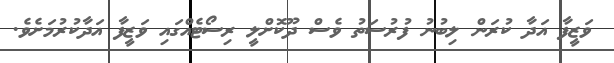
ވަޒީފާ އަދާ ކުރަން ލިބުނު ފުރުސަތު ވެސް ދޫކޮށްލީ ރިސޯޓެއްގައި ވަޒީފާ އަދާކުރުމަށެވެ.